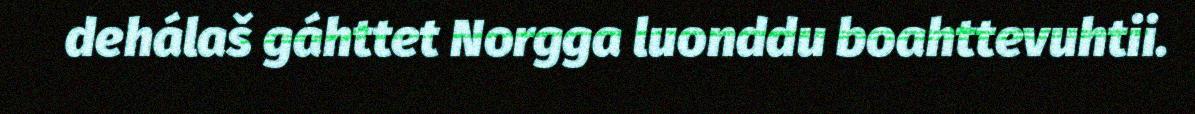
dehálaš gáhttet Norgga luonddu boahttevuhtii.